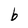
Character: b